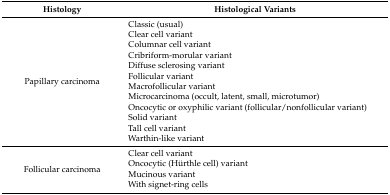
| Histology | Histological Variants |
 | --- | --- |
 | Papillary carcinoma | Classic (usual)Clear cell variantColumnar cell variantCribriform-morular variantDiffuse sclerosing variantFollicular variantMacrofollicular variantMicrocarcinoma (occult, latent, small, microtumor)Oncocytic or oxyphilic variant (follicular/nonfollicular variant)Solid variantTall cell variantWarthin-like variant |
 | Follicular carcinoma | Clear cell variantOncocytic (Hürthle cell) variantMucinous variantWith signet-ring cells |